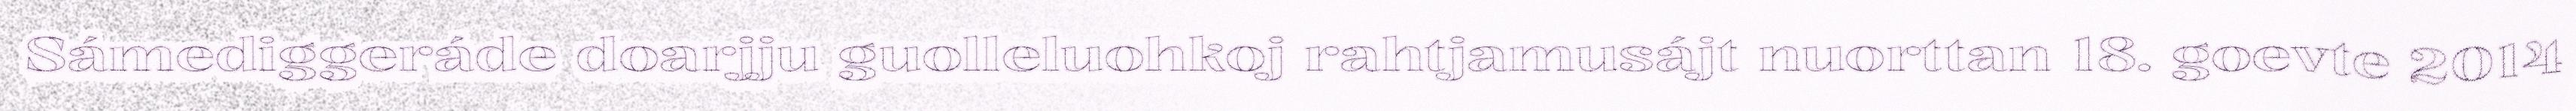
Sámediggeráde doarjju guolleluohkoj rahtjamusájt nuorttan 18. goevte 2014